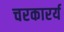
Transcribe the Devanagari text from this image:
चरकारर्य